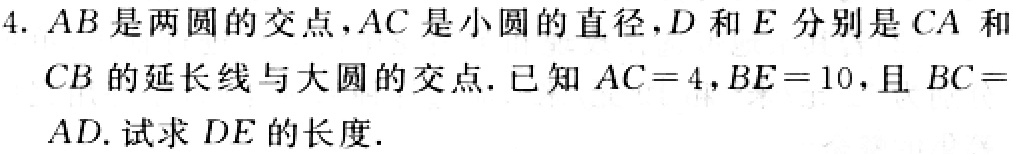
4. $AB$是两圆的交点，$AC$是小圆的直径，$D$和$E$分别是$CA$和$CB$的延长线与大圆的交点. 已知$AC = 4$，$BE = 10$，且$BC = AD$. 试求$DE$的长度.